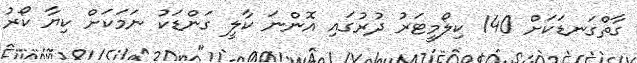
ގާތްގަނޑަކަށް 140 ކިލޯމީޓަރު ދުރުގައި އޮންނަ ކާލީ ގަންޑަކު ނަމަކަށް ކިޔާ ކޯރު